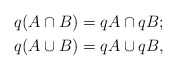
\begin{align*} q(A\cap B) ={} & qA\cap qB; \\ q(A\cup B) ={} & qA\cup qB, \end{align*}